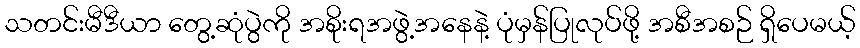
သတင်းမီဒီယာ တွေ့ဆုံပွဲကို အစိုးရအဖွဲ့အနေနဲ့ ပုံမှန်ပြုလုပ်ဖို့ အစီအစဉ် ရှိပေမယ့်